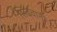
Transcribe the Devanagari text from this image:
सिदवानी